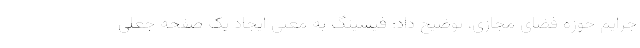
جرایم حوزه فضای مجازی، توضیح داد: فیشینگ به معنی ایجاد یک صفحه جعلی